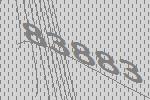
83883